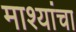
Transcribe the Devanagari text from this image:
माश्यांचा